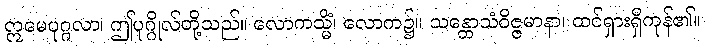
ဣမေပုဂ္ဂလာ၊ ဤပုဂ္ဂိုလ်တို့သည်။ လောကသ္မိံ၊ လောက၌။ သန္တောသံဝိဇ္ဇမာနာ၊ ထင်ရှားရှိကုန်၏။